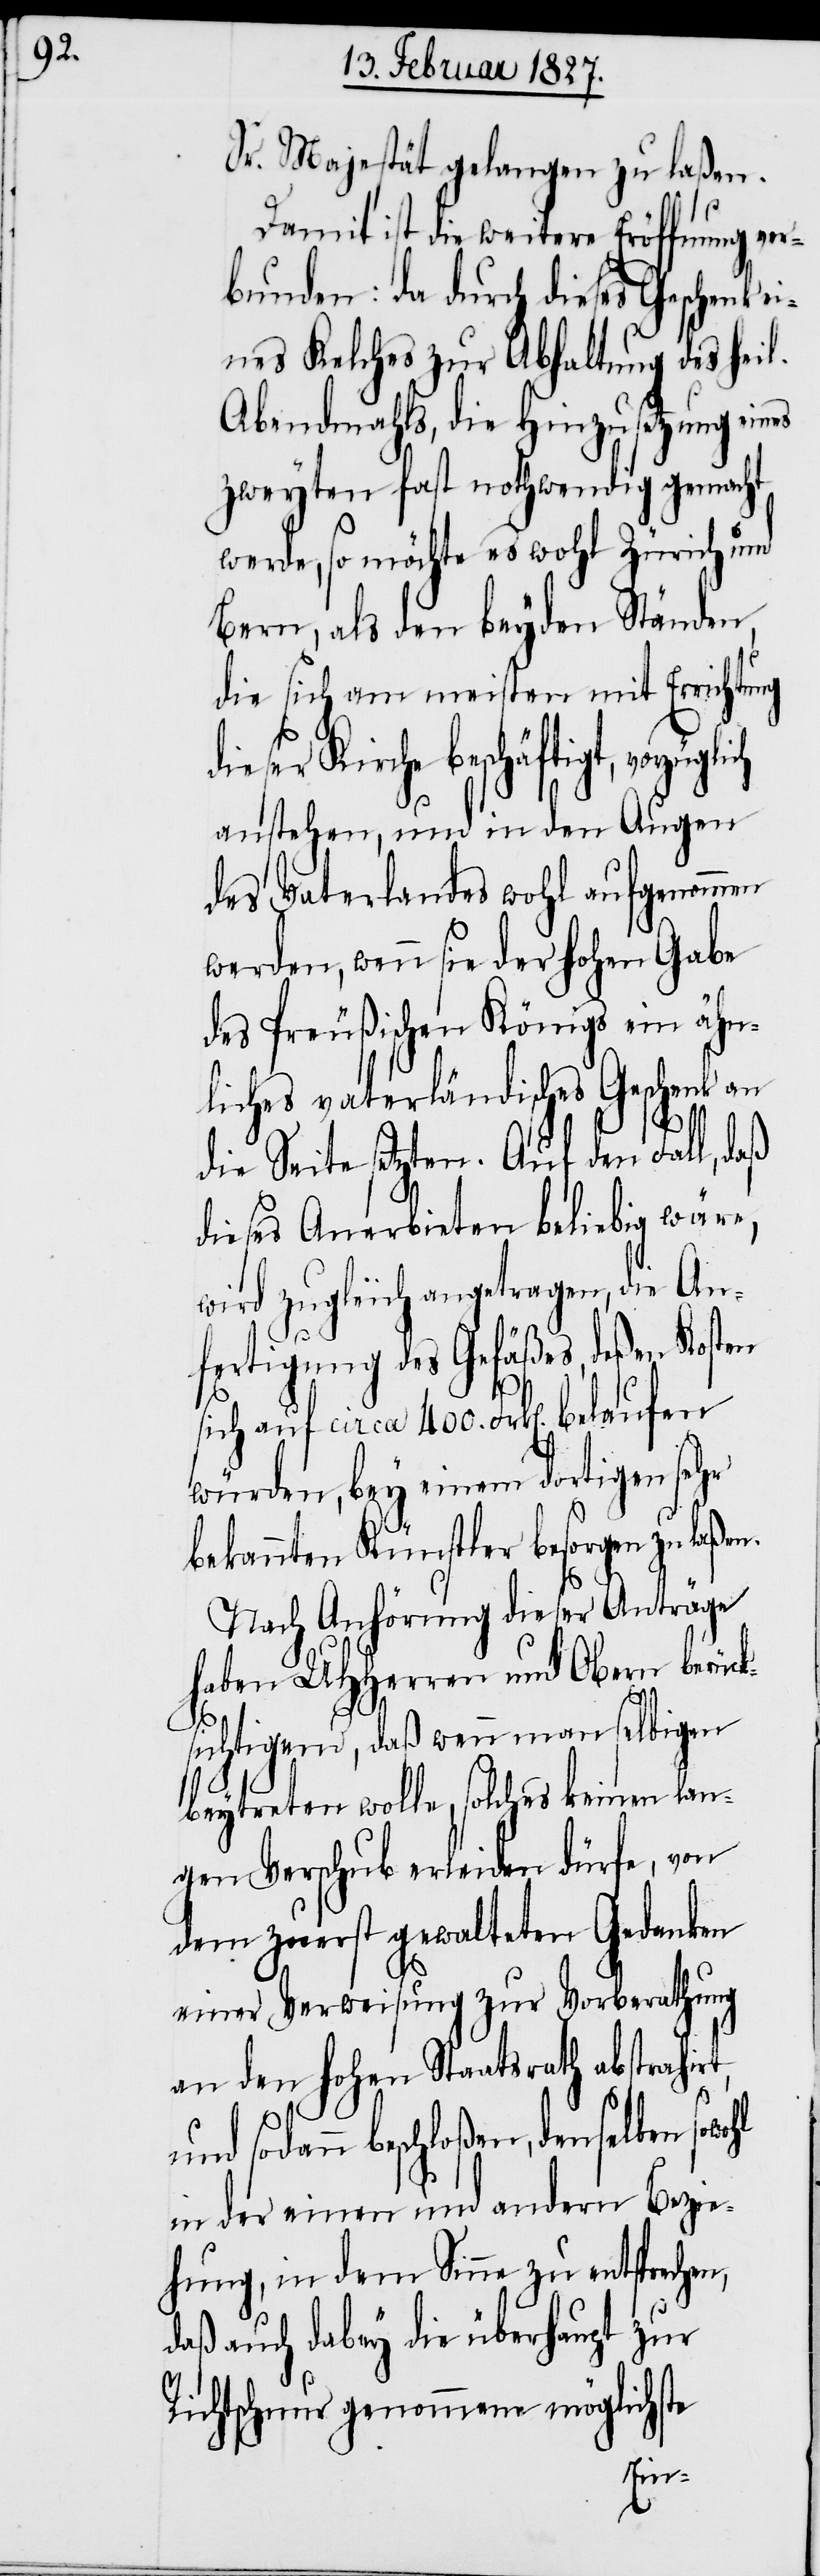
Sr. Majestät gelangen zu laßen.
Damit ist die weitere Eröffnung ver¬
bunden: da durch dieses Geschenk e¬
ines Kelches zur Abhaltung des heil.
Abendmahls, die Hinzusetzung ei¬
zweyten fast nothwendig gemacht
werde, so möchte es wohl Zürich und
Bern, als den beyden Ständen,
die sich am meisten mit Erricht¬
dieser Kirche beschäftigt, vorzüg¬
anstehen, und in den Augen
des Vaterlandes wohl aufgenommen
werden, wenn sie der hohen Gabe
des Preußischen Königs ein ähn¬
liches vaterländisches Geschenk an
irt,
die Seite setzten. Auf den Fall, daß
dieses Anerbieten beliebig wäre,
wird zugleich angetragen, die An¬
fertigung des Gefäßes, deßen Kosten
sich auf circa 400. Frk[en]. belaufen
würden, bey einem dortigen sehr
bekannten Künstler besorgen
Nach Anhörung dieser Anträge
haben UHHerren und Obern berück¬
sichtigend, daß wenn man selbigen
beytregen wolle, solches keinen lan¬
gen Verschub erleiden dürfe, von
dem zuerst gewalteten Gedanken
einer Verweisung zur Vorberathung
an den hohen Staatsrath abstrah¬
und sodann beschloßen, denselben
in der einen und andern Bezie¬
hung, in dem Sinne zu entsprechen,
daß auch dabey die überhaupt zur
Richtschnur genommene möglichste